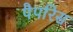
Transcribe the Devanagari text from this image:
पैपरिस